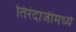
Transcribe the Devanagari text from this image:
तिरंदाजीमध्ये